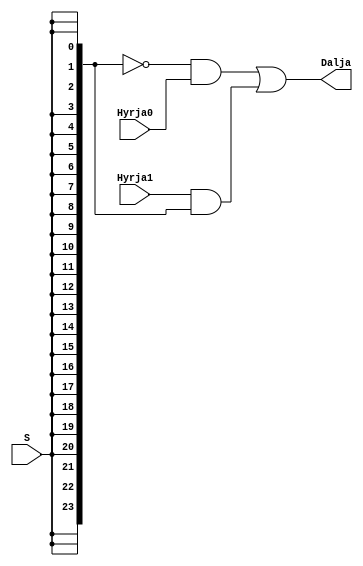
module Mux2ne1_24Bit(
input[23:0] Hyrja0,
    input[23:0] Hyrja1,
    input S,
    output[23:0] Dalja
    );
    
    wire [23:0] Sp;
    assign Sp = {24{S}};
    assign Dalja = (~Sp & Hyrja0) | (Hyrja1 & Sp);
endmodule